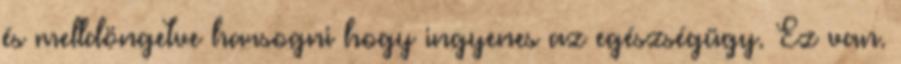
és melldöngetve harsogni hogy ingyenes az egészségügy. Ez van.